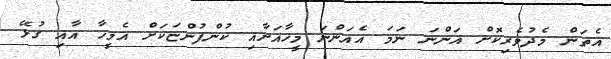
އެތަން މެދުވެރިކޮށް އަންނަ ނަމަ އެއަންނަ މީހާއަށާއި ކުންފުންޏަކަށް އެމީހާ އާއި ގުޅޭ